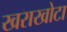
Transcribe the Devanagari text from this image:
खराखोटा